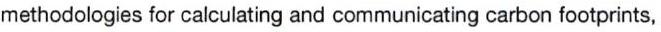
methodologies for calculating and communicating carbon footprints,